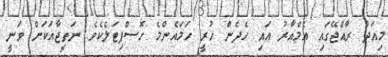
މިއަދު ރާއްޖޭގައި އެމްއާރު އައި ހެދެން ހުރީ ހަމައެންމެ ހޮސްޕިޓަލެކެވެ. ނަތީޖާއަކަށް ވަނީ